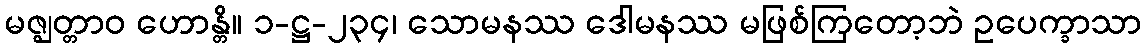
မဇ္ဈတ္တာဝ ဟောန္တိ။ ၁-ဋ္ဌ-၂၃၄၊ သောမနဿ ဒေါမနဿ မဖြစ်ကြတော့ဘဲ ဥပေက္ခာသာ